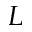
L